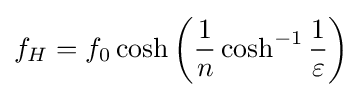
f_{H}=f_{0}\cosh \left({\frac {1}{n}}\cosh ^{-1}{\frac {1}{\varepsilon }}\right)